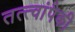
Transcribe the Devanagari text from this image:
तत्त्वांपैकी